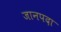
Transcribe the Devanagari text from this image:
जानपदा